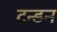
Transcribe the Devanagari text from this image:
टन्डन